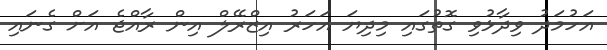
އަހުމަދު ވިދާޅުވި ގޮތުގައި މިދިޔަ އަހަރު އިޒްރޭލް އިން ރާއްޖެ އަށް ގެނައި